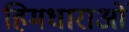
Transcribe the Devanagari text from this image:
हिमधाराओं